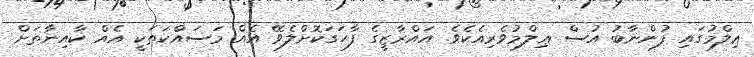
ޢިލްމުގައި ފުންނާބު އުސް ޢިލްމުވެރިއެކެވެ. އައްރާޒީގެ ފާހަގަކޮށްލެވޭ އެއް މަސައްކަތަކީ އެއް ކާއިނާތަށް